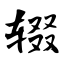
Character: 辍